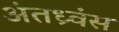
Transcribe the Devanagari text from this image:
अंतध्र्वंस